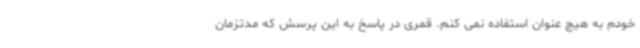
خودم به هیچ عنوان استفاده نمی کنم. قمری در پاسخ به این پرسش که مدتزمان